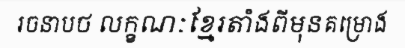
រចនាបថ លក្ខណៈខ្មែរតាំងពីមុនគម្រោង